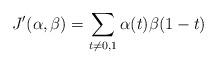
LaTeX: \begin{align*} J'(\alpha,\beta)=\sum_{t\neq0,1}\alpha(t)\beta(1-t)\end{align*}